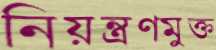
নিয়ন্ত্রণমুক্ত